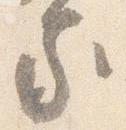
家